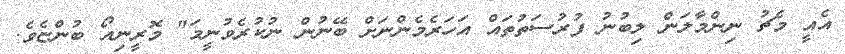
އެއީ މެޗު ނިންމާލަން ލިބުނު ފުރުސަތުތައް އަހަރެމެންނަށް ބޭނުން ނުކުރެވުނީމަ" މޮރީނިއޯ ބުންޏެވެ.